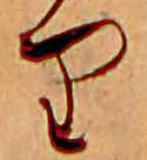
り